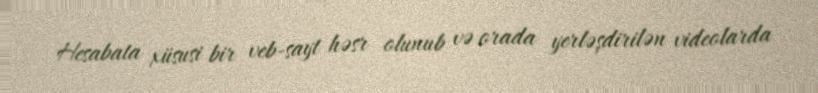
Hesabata xüsusi bir veb-sayt həsr olunub və orada yerləşdirilən videolarda